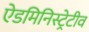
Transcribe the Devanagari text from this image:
ऐडमिनिस्ट्रेटीव